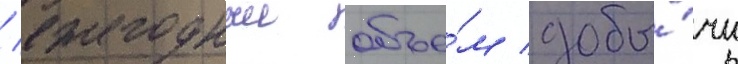
/ ежегодныи объе́м добы́чи